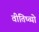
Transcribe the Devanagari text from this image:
वीतिष्व्यो